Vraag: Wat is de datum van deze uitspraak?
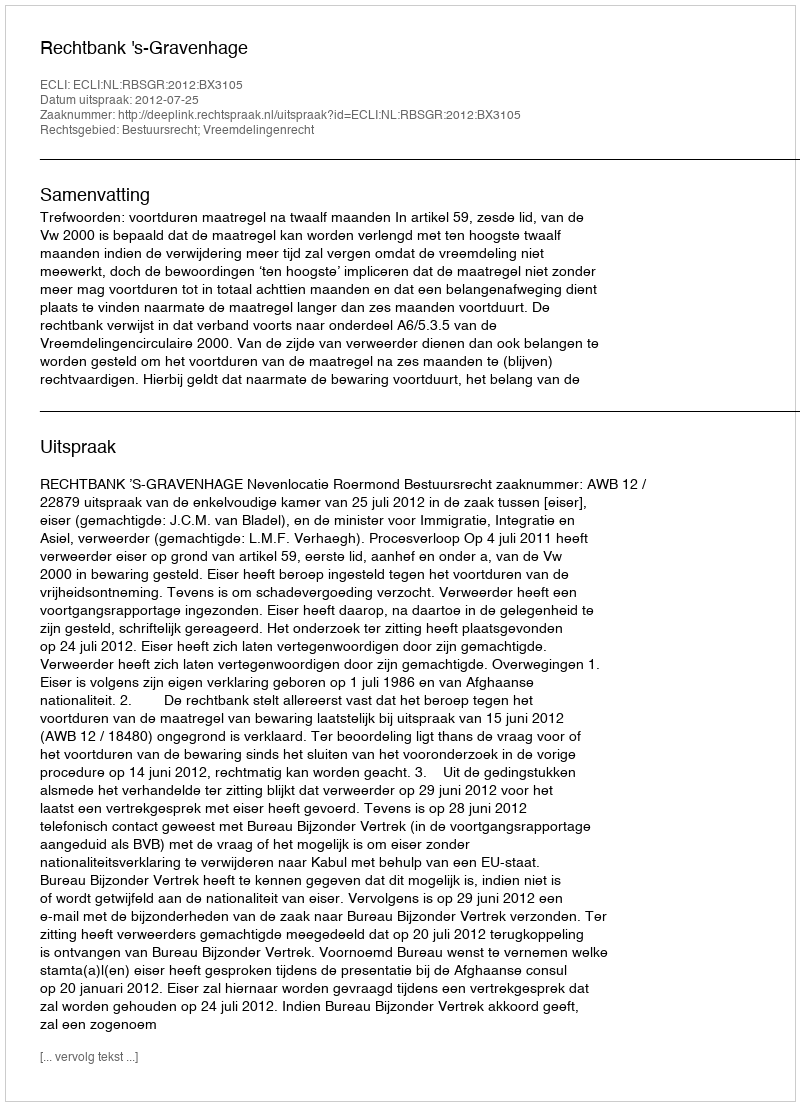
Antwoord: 2012-07-25